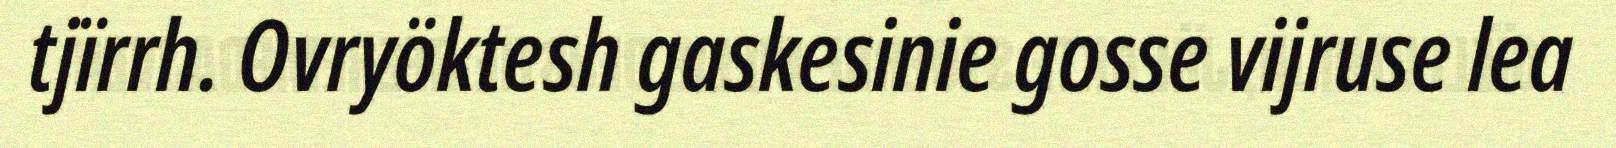
tjïrrh. Ovryöktesh gaskesinie gosse vijruse lea